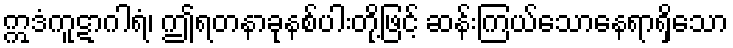
ဣဒံကူဋာဂါရံ၊ ဤရတနာခုနစ်ပါးတို့ဖြင့် ဆန်းကြယ်သောနေရာရှိသော